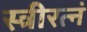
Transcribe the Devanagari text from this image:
स्त्रीरत्नं